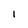
Character: l